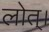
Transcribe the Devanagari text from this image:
लोत्।